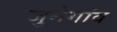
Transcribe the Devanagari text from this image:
जुनेगांव